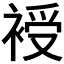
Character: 𧚯